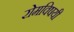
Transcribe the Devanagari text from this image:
रोमविषयी